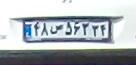
۴۸ص۵۶۳۳۴